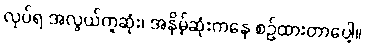
လုပ်ရ အလွယ်ကူဆုံး၊ အနိမ့်ဆုံးကနေ စဉ်ထားတာပေါ့။